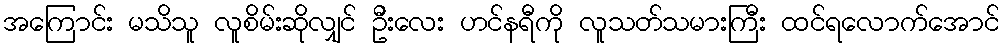
အကြောင်း မသိသူ လူစိမ်းဆိုလျှင် ဦးလေး ဟင်နရီကို လူသတ်သမားကြီး ထင်ရလောက်အောင်